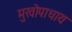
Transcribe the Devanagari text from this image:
मुखोपाधाय